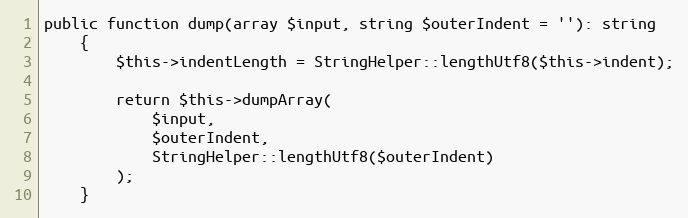
Language: PHP
public function dump(array $input, string $outerIndent = ''): string
    {
        $this->indentLength = StringHelper::lengthUtf8($this->indent);

        return $this->dumpArray(
            $input,
            $outerIndent,
            StringHelper::lengthUtf8($outerIndent)
        );
    }